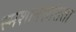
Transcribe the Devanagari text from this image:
स्मशानशांतता